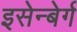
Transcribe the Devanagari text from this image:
इसेन्बेर्ग